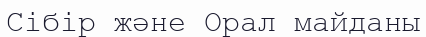
Сібір және Орал майданы